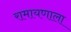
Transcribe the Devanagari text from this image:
रामायणाला